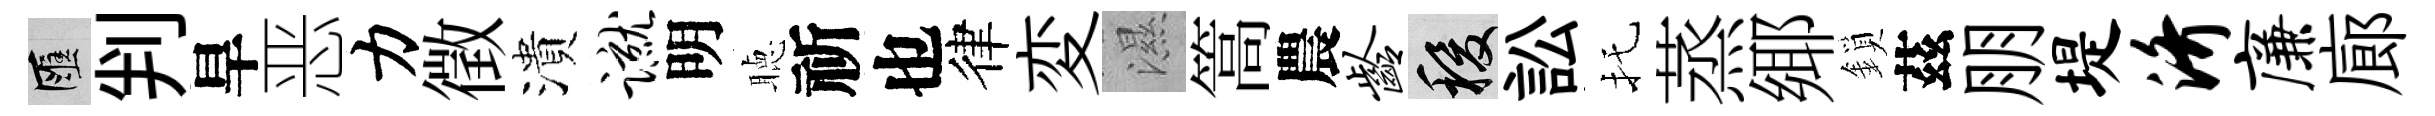
匯判旱恶力徵潰蹴明聴祈也律変濕篙農龄稷訟托蒸鄊鎖茲朋堤济廉廊